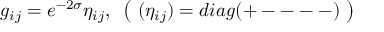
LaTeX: g _ { i j } = e ^ { - 2 \sigma } \eta _ { i j } , ~ \left( ~ ( \eta _ { i j } ) = d i a g ( + --- - ) ~ \right)